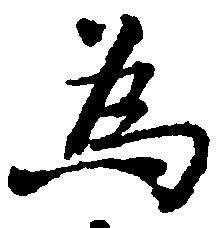
為